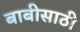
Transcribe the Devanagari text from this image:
बाबीसाठी